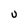
Character: U